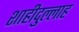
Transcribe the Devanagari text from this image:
शाहीदुल्लाह